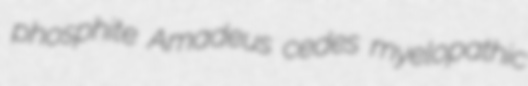
phosphite Amadeus cedes myelopathic